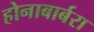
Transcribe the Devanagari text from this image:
होनाबार्बरा